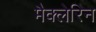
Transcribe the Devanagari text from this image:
मैक्लेरिन